Scottish Leaving Certificate Examination, 1953
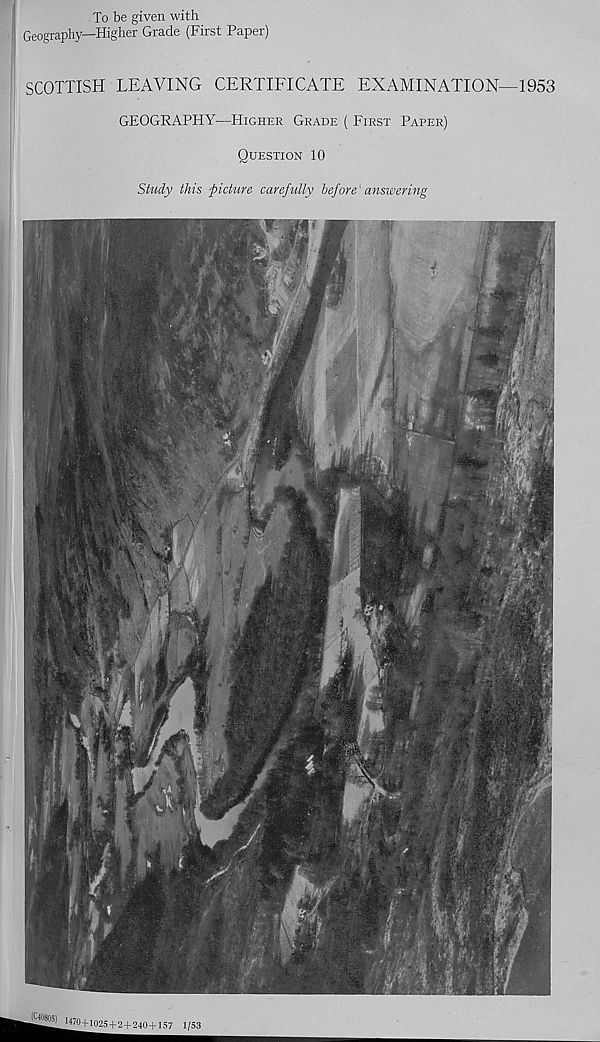
To be given with
Geography—Higher Grade (First Paper)
SCOTTISH LEAVING CERTIFICATE EXAMINATION—1953
GEOGRAPHY—HIGHER GRADE ( FIRST PAPER)
QUESTION 10
Study this ‘picture carefully before answering